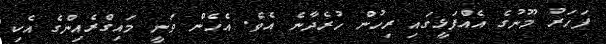
ފަހަރު މޫނުގެ އެއްފަޅީގައި ރިހުން ހުރެދާނެ އެވެ. އެހެން ވަނީ މައިގްރެއިންގެ އެކި